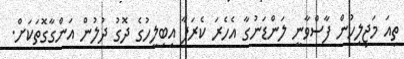
ތިއަ މަޖިލިހުން ފާސްވާނީ ލަންޑަނުގާ އެހެރަ ކެރަފާ އިބިލީހުގެ ދޮގު ދުލުން އަންގާގޮތަކަށް.